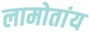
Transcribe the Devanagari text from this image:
लामोतांय